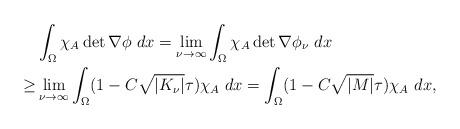
LaTeX: \begin{align*}&\int_{\Omega} \chi_A \det \nabla \phi~dx=\lim_{\nu\rightarrow \infty}\int_{\Omega} \chi_A \det \nabla \phi_{\nu}~dx\\\geq&\lim_{\nu\rightarrow \infty}\int_{\Omega} (1-C\sqrt{|K_{\nu}|}\tau)\chi_A~dx= \int_{\Omega} (1-C\sqrt{|M|}\tau)\chi_A~dx,\end{align*}